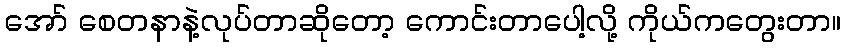
အော် စေတနာနဲ့လုပ်တာဆိုတော့ ကောင်းတာပေါ့လို့ ကိုယ်ကတွေးတာ။